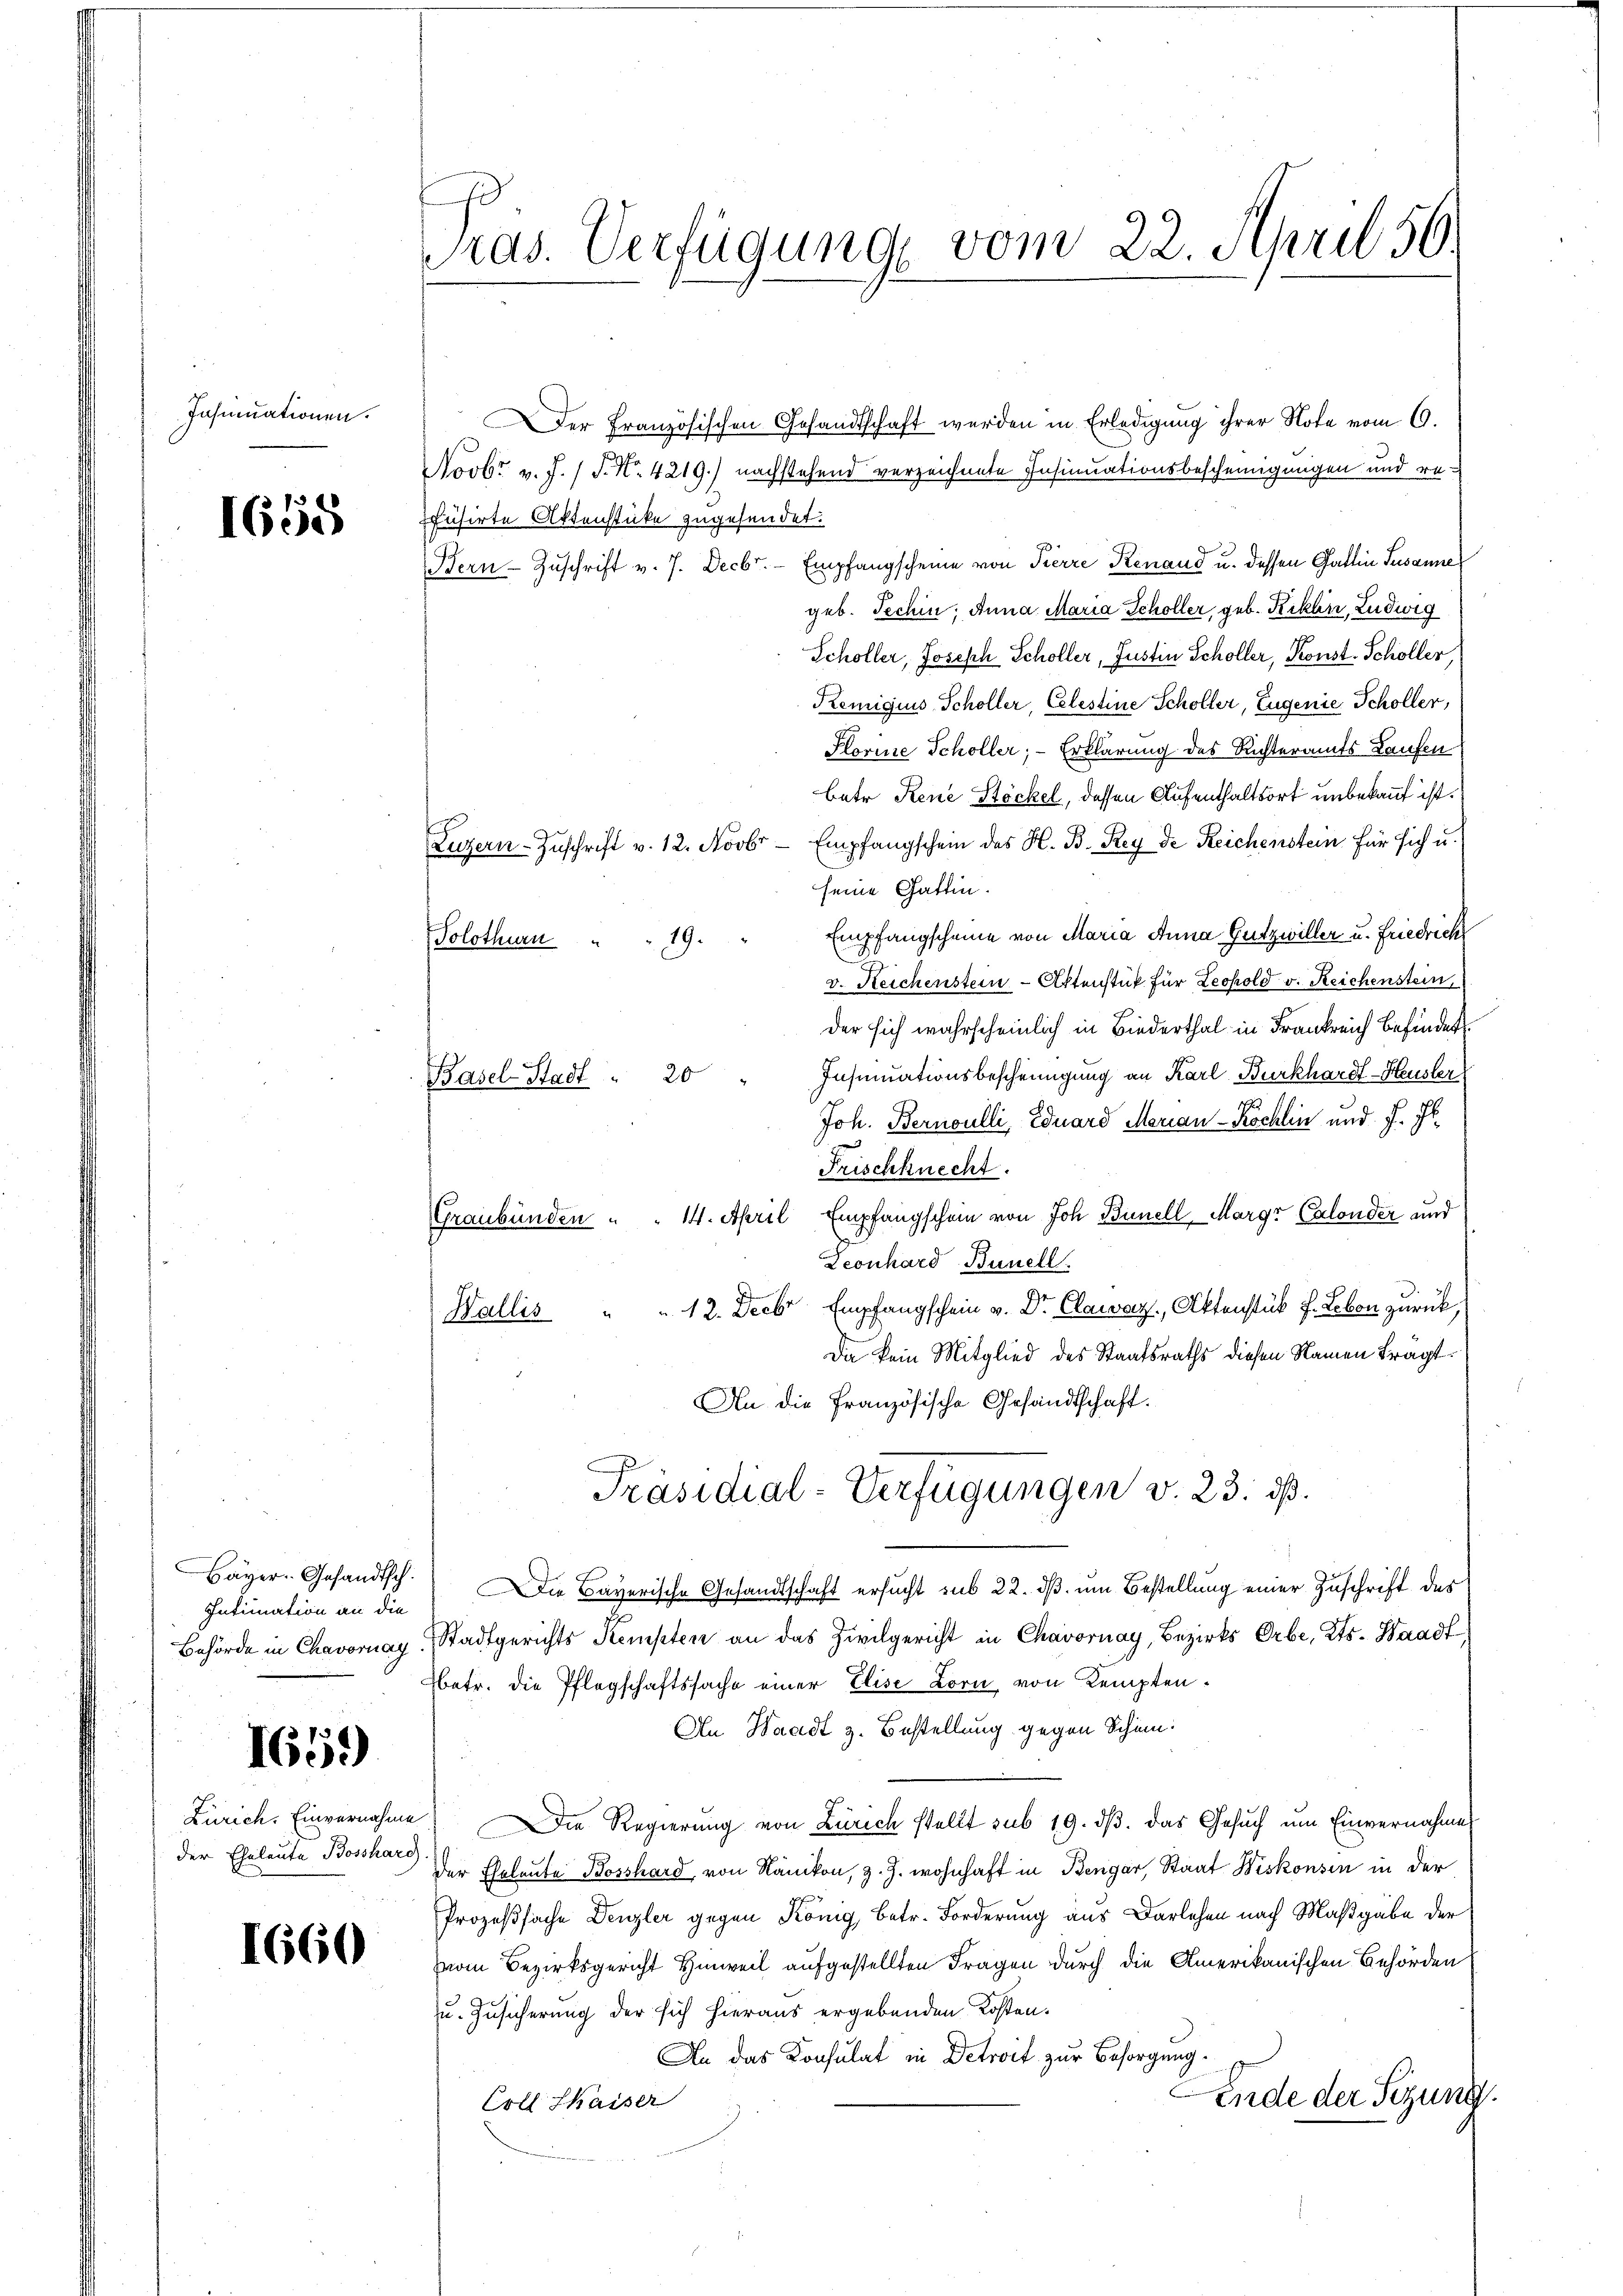
Insinuationen.

1658

Bayer-Gesandtsch.
Intimation an die

165)

1660

Pras. Verfügung vom 22. April 56.

Der Französischen Gesandtschaft werden in Erledigung ihrer Note vom 6.
Novbr v. J. J. N. 4219.) nachstehend verzeichnete Insinuationsbescheinigungen und refusirte Aktenstücke zugesendet.
Bern Zuschrift v. J. Decbr. Empfangscheine von Pierre Renaud u. dessen Gattin Susanne
geb. Techin, Anna Maria Schöller, geb. Kiklin, Ludwig
Schöller, Joseph Schöller, Justin Schöller, Konst. Schöller,
Remigius, Schöller, Celestine Schöller, Eugenie Schöller,
Plorine Schöller; — Erklärung des Richteramts Laufen
betr. Rene Stöckel, dessen Aufenthaltsort unbekannt ist.
Luzern-Zŭschrift v. 12. Novbr Empfangschein des H. B. Rey de Reichenstein für sich u.
seine Gattin.
19. " Empfangscheine von Maria Anna Gutzwiller u. Friedrich
Solothurn
v. Reichenstein-Aktenstük für Leopold v. Reichenstein,
der sich wahrscheinlich in Biederthal in Frankreich befindet.
Insinuationsbescheinigung an Karl Burkhardt - Heusler
Joh. Bernoulli, Eduard Marian - Köchlin und J. J.
Frischknecht.
Graubünden " " 14. April, Empfangschein von Joh. Bunell Margr Calonder und
Leonhard Bunell.
Wallis " " 12. Decbr Empfangschein v. Dr. Clawaz, Aktenstük F. Leben zurück,
Da kein Mitglied des Staatsraths diesen Namen Frägt.
An die Französische Gesandtschaft.
Präsidial-Verfügungen v. 23. ds.
Die Bayerische Gesandtschaft ersucht sub 22. dß um Bestellung einer Zuschrift des
Behörde in Chavornay, Stadtgerichts Sempten an das Zivilgericht in Chavornay, Bezirks Erbe, Kts. Waadt
Netr. die Pflegschaftssache einer Elise Lorn von Kempten¬
An Waadt z. Bestellung gegen Schin:
Zürich. Einvernahme. Die Regierung von Zürich stellt sub 19. dβ. das Gesŭch ŭm Einvernahmes
der Eheleute Bosshard der Eheleute Bosshard, von Nänikon, z. Z. wohnhaft in Bengar, Staat Wiskonsen in der
Prozeßsache Denzler gegen König, betr. Forderung aus Darlehen nach Maßgabe der
vom Bezirksgericht Hinweil aufgestellten Fragen durch die Amerikanischen Behörden
u. Zusicherung der sich hieraus ergebenden Kosten.
An das Konsulat in Detroit zur Besorgung.
Ende der Sezung
Coll Kaiser

Basel-Stadt " 20